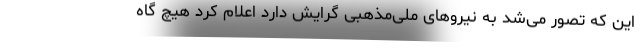
این که تصور می‌شد به نیروهای ملی‌مذهبی گرایش دارد اعلام کرد هیچ گاه